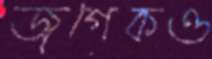
জগেকও